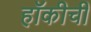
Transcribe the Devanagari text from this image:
हॉकीची